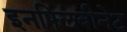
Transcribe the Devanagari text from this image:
इनफ्लिबीनेट